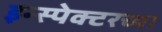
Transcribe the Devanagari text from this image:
इन्स्पेक्टरच्या